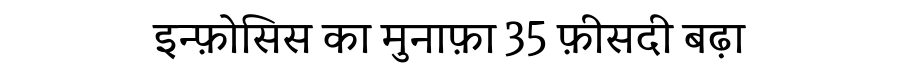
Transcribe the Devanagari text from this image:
इन्फ़ोसिस का मुनाफ़ा 35 फ़ीसदी बढ़ा